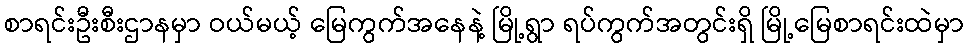
စာရင်းဦးစီးဌာနမှာ ဝယ်မယ့် မြေကွက်အနေနဲ့ မြို့ရွာ ရပ်ကွက်အတွင်းရှိ မြို့မြေစာရင်းထဲမှာ